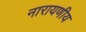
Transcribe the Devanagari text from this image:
नारायणीय